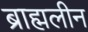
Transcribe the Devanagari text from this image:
ब्राह्मलीन